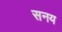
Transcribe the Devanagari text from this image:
सनय